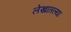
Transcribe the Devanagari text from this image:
लेखातल्या